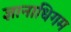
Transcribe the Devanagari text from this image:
ज्ञानाधिगम